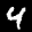
Label: 4